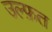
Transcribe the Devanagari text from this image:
उल्फ़त